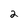
Character: 2